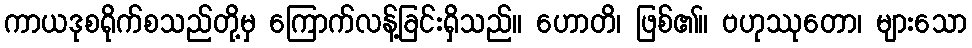
ကာယဒုစရိုက်စသည်တို့မှ ကြောက်လန့်ခြင်းရှိသည်။ ဟောတိ၊ ဖြစ်၏။ ဗဟုဿုတော၊ များသော